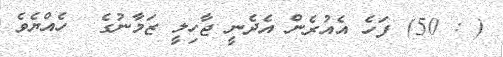
( : 50) ފަހެ އެއުރެން އެދެނީ ޖާހިލީ ޒަމާނުގެ  ހެއްޔެވެ